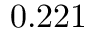
0 . 2 2 1